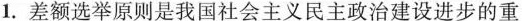
1.差额选举原则是我国社会主义民主政治建设进步的重